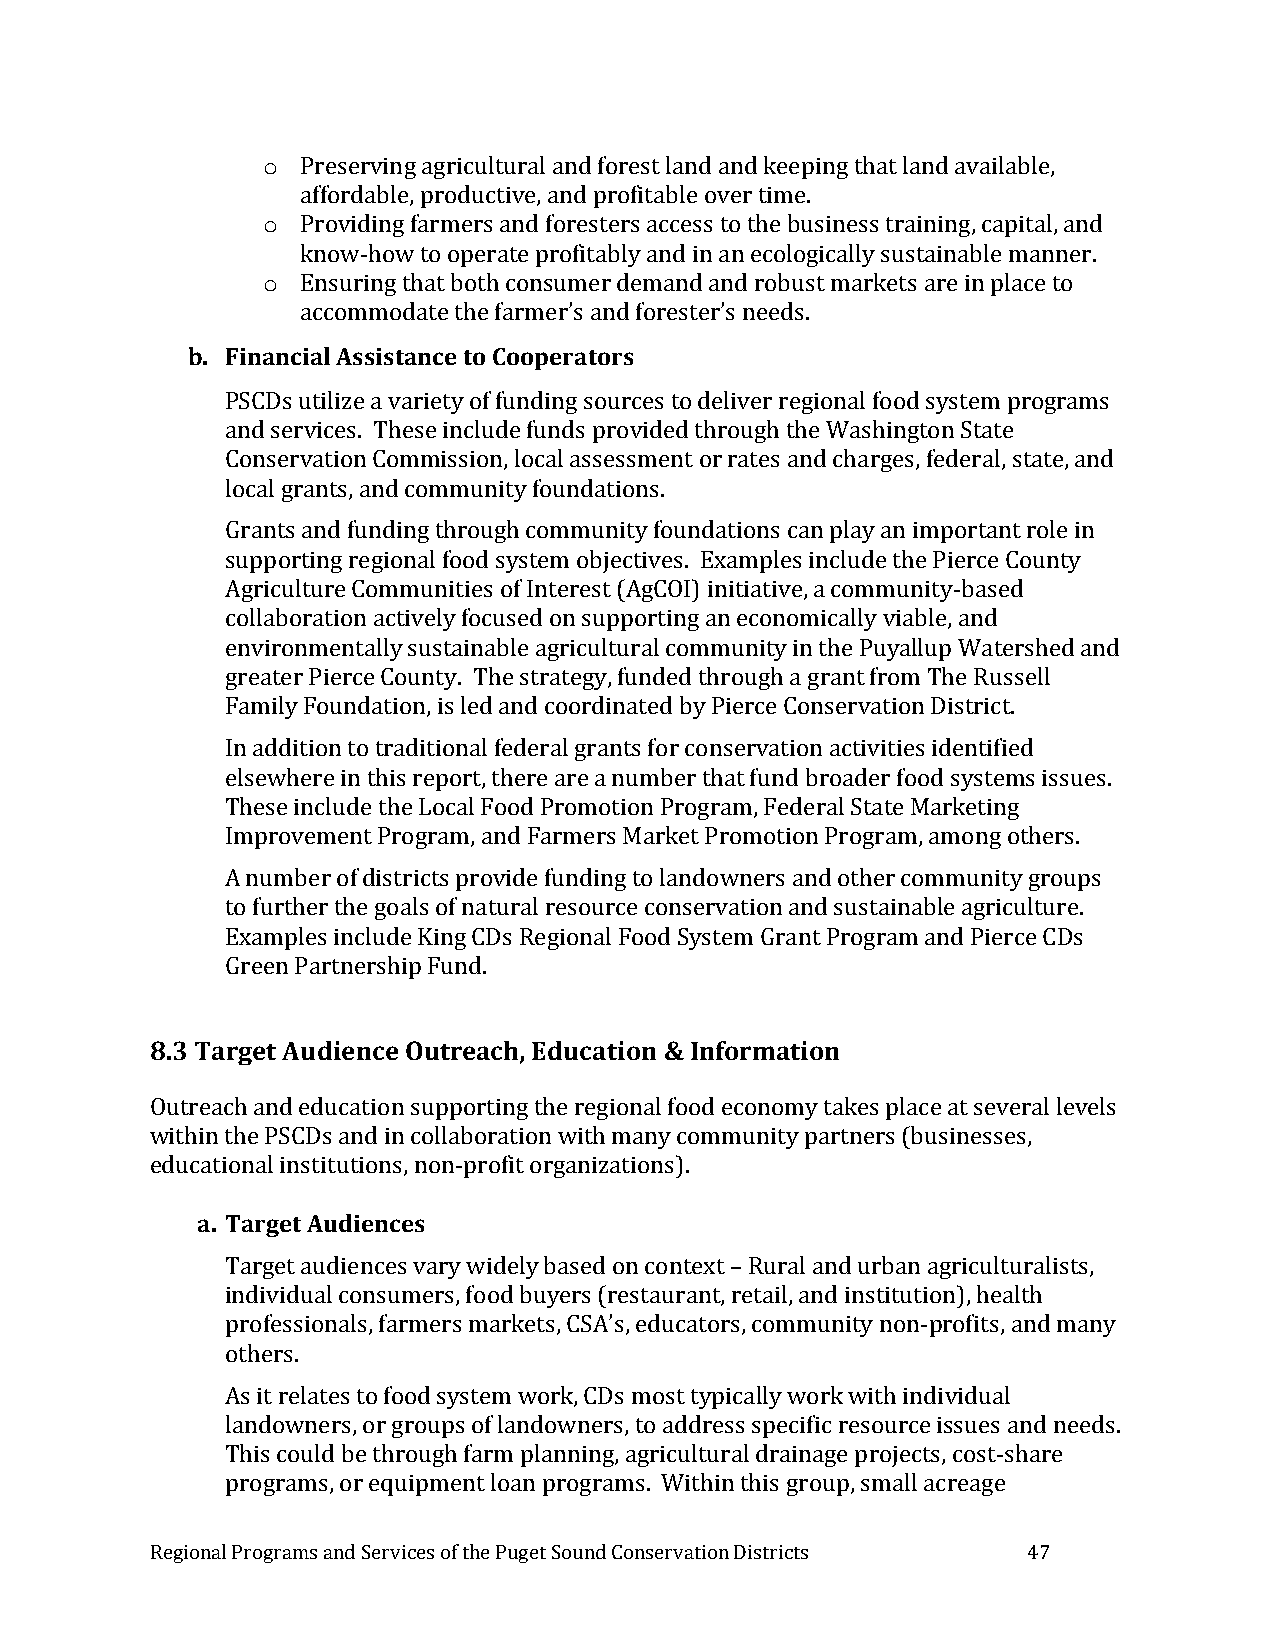
o  Preserving agricultural and forest land and keeping that land available,
 affordable, productive, and profitable over time.
 o  Providing farmers and foresters access to the business training, capital, and
 know-how to operate profitably and in an ecologically sustainable manner.
 o  Ensuring that both consumer demand and robust markets are in place to
 accommodate the farmer’s and forester’s needs.
 b. Financial Assistance to Cooperators
 PSCDs utilize a variety of funding sources to deliver regional food system programs
 and services. These include funds provided through the Washington State
 Conservation Commission, local assessment or rates and charges, federal, state, and
 local grants, and community foundations.
 Grants and funding through community foundations can play an important role in
 supporting regional food system objectives. Examples include the Pierce County
 Agriculture Communities of Interest (AgCOI) initiative, a community-based
 collaboration actively focused on supporting an economically viable, and
 environmentally sustainable agricultural community in the Puyallup Watershed and
 greater Pierce County. The strategy, funded through a grant from The Russell
 Family Foundation, is led and coordinated by Pierce Conservation District.
 In addition to traditional federal grants for conservation activities identified
 elsewhere in this report, there are a number that fund broader food systems issues.
 These include the Local Food Promotion Program, Federal State Marketing
 Improvement Program, and Farmers Market Promotion Program, among others.
 A number of districts provide funding to landowners and other community groups
 to further the goals of natural resource conservation and sustainable agriculture.
 Examples include King CDs Regional Food System Grant Program and Pierce CDs
 Green Partnership Fund.
 8.3 Target Audience Outreach, Education & Information
 Outreach and education supporting the regional food economy takes place at several levels
 within the PSCDs and in collaboration with many community partners (businesses,
 educational institutions, non-profit organizations).
 a. Target Audiences
 Target audiences vary widely based on context – Rural and urban agriculturalists,
 individual consumers, food buyers (restaurant, retail, and institution), health
 professionals, farmers markets, CSA’s, educators, community non-profits, and many
 others.
 As it relates to food system work, CDs most typically work with individual
 landowners, or groups of landowners, to address specific resource issues and needs.
 This could be through farm planning, agricultural drainage projects, cost-share
 programs, or equipment loan programs. Within this group, small acreage
 Regional Programs and Services of the Puget Sound Conservation Districts 47